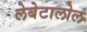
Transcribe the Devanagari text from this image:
लेबेटालोल